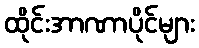
ထိုင်းအာဏာပိုင်များ